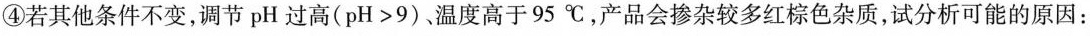
④\rightarrow若其他条件不变，调节pH过高(pH>9)温度高于95℃，产品会掺杂较多红棕色杂质，试分析可能的原因：